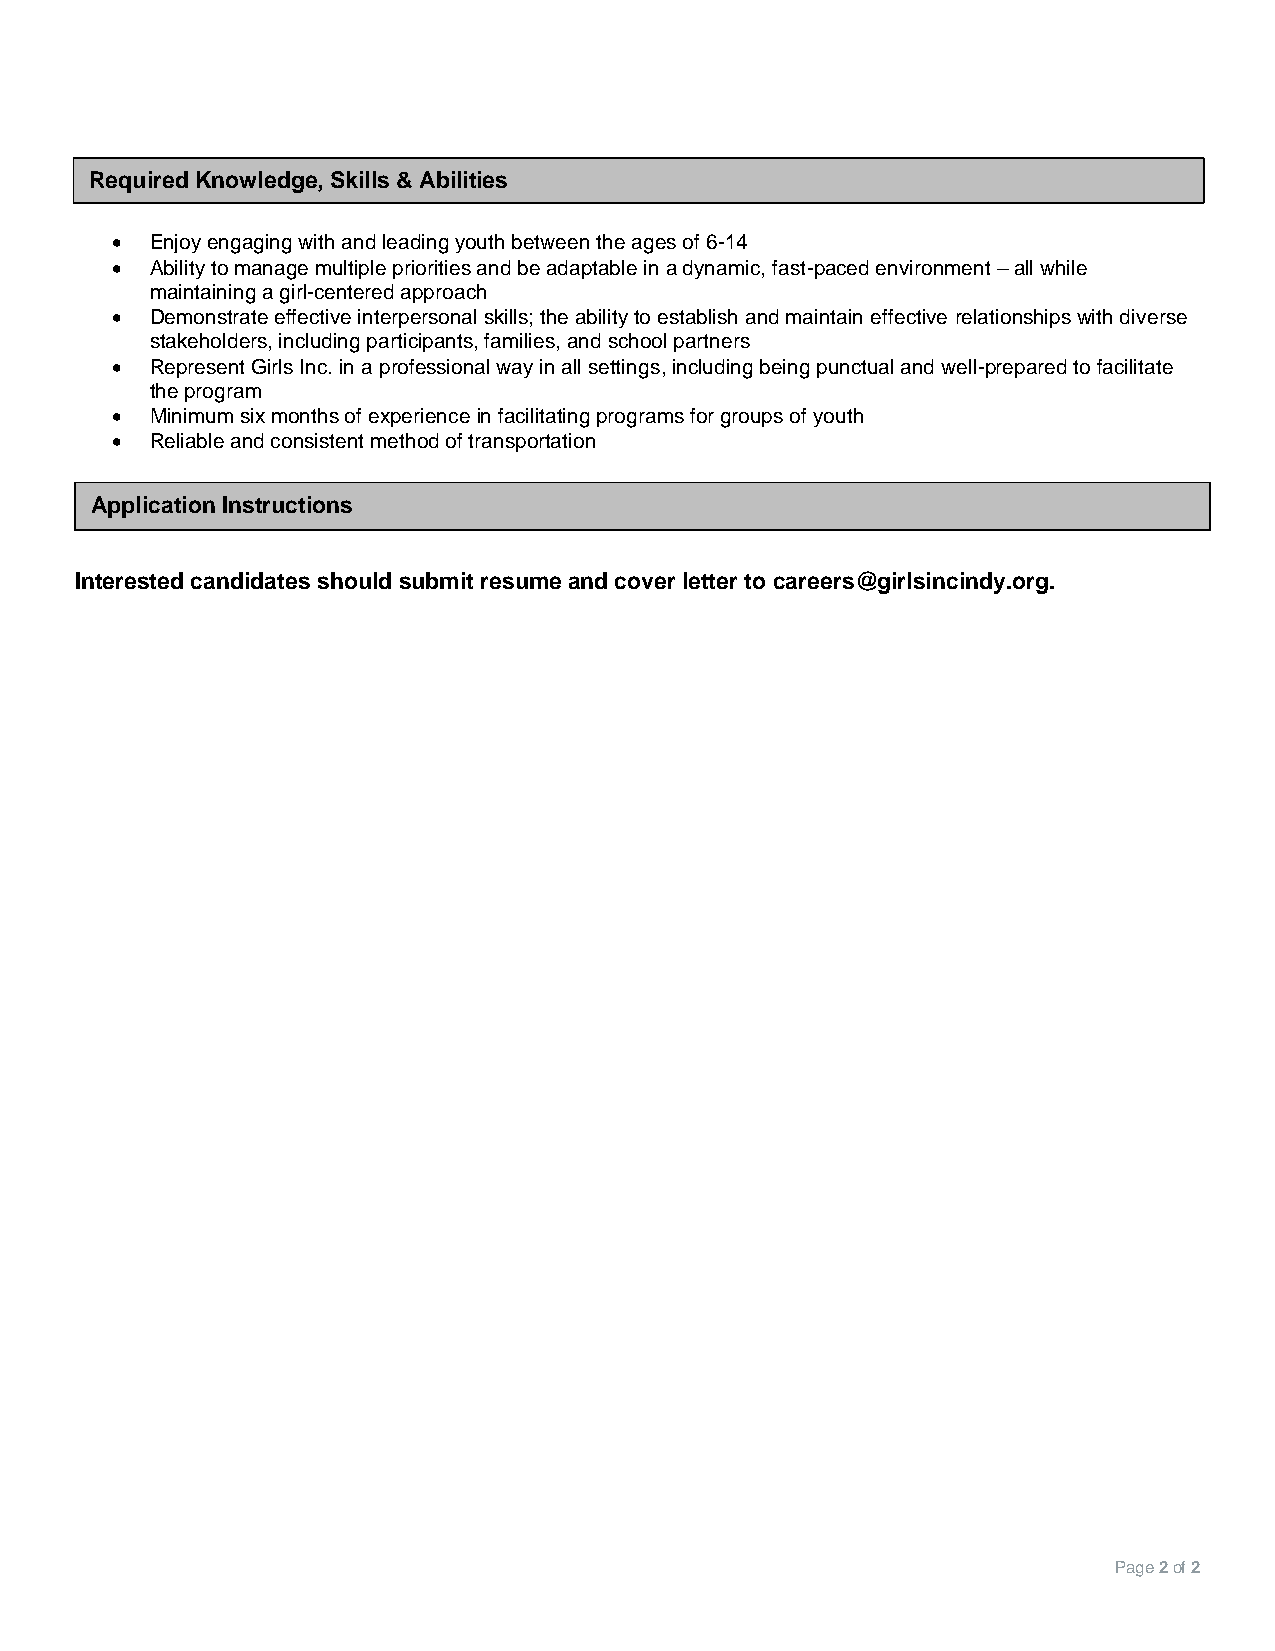
Required Knowledge, Skills & Abilities
 •  Enjoy engaging with and leading youth between the ages of 6-14
 •  Ability to manage multiple priorities and be adaptable in a dynamic, fast-paced environment – all while
 maintaining a girl-centered approach
 •  Demonstrate effective interpersonal skills; the ability to establish and maintain effective relationships with diverse
 stakeholders, including participants, families, and school partners
 •  Represent Girls Inc. in a professional way in all settings, including being punctual and well-prepared to facilitate
 the program
 •  Minimum six months of experience in facilitating programs for groups of youth
 •  Reliable and consistent method of transportation
 Application Instructions
 Interested candidates should submit resume and cover letter to careers@girlsincindy.org.
 Page 2 of 2